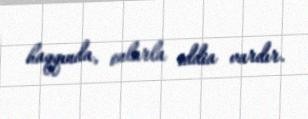
haqqında, onlarla iddia vardır.